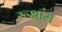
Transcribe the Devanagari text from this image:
रूक्षांस